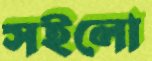
সইলো